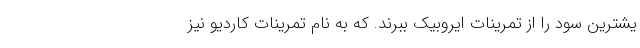
یشترین سود را از تمرینات ایروبیک ببرند. که به نام تمرینات کاردیو نیز